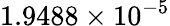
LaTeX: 1.9488\times{10^{-5}}